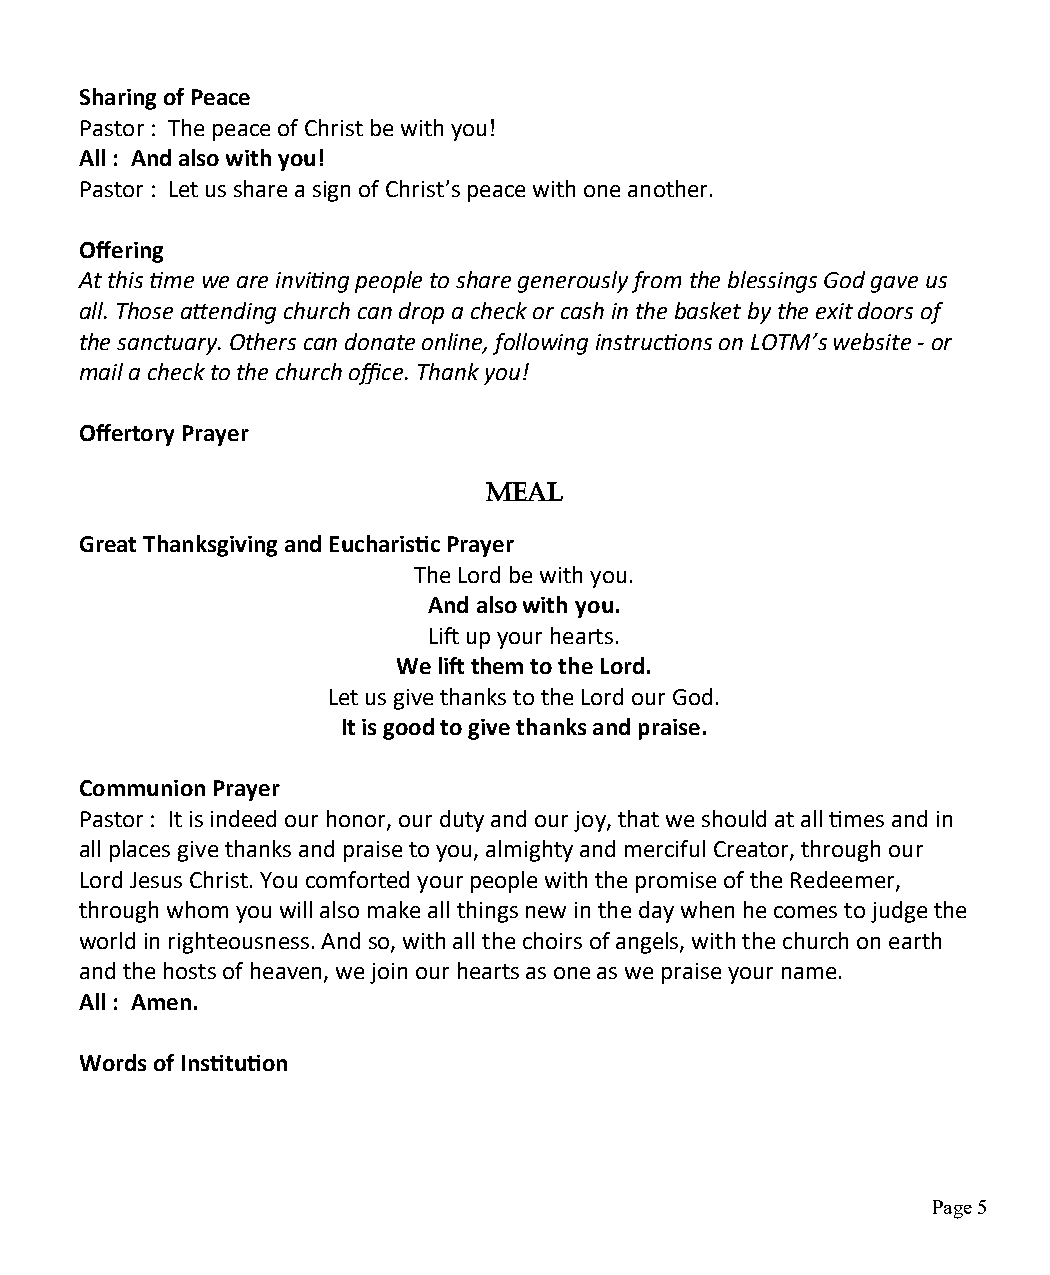
Sharing of Peace
 Pastor : The peace of Christ be with you!
 All : And also with you!
 Pastor : Let us share a sign of Christ’s peace with one another.
 Offering
 At this time we are inviting people to share generously from the blessings God gave us
 all. Those attending church can drop a check or cash in the basket by the exit doors of
 the sanctuary. Others can donate online, following instructions on LOTM’s website - or
 mail a check to the church office. Thank you!
 Offertory Prayer
 MEAL
 Great Thanksgiving and Eucharistic Prayer
 The Lord be with you.
 And also with you.
 Lift up your hearts.
 We lift them to the Lord.
 Let us give thanks to the Lord our God.
 It is good to give thanks and praise.
 Communion Prayer
 Pastor : It is indeed our honor, our duty and our joy, that we should at all times and in
 all places give thanks and praise to you, almighty and merciful Creator, through our
 Lord Jesus Christ. You comforted your people with the promise of the Redeemer,
 through whom you will also make all things new in the day when he comes to judge the
 world in righteousness. And so, with all the choirs of angels, with the church on earth
 and the hosts of heaven, we join our hearts as one as we praise your name.
 All : Amen.
 Words of Institution
 Page 5